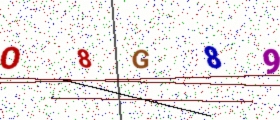
Text: O8G89